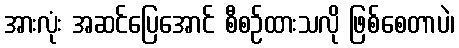
အားလုံး အဆင်ပြေအောင် စီစဉ်ထားသလို ဖြစ်စေတာပဲ၊